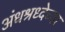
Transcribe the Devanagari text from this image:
अंधश्रध्देच्या